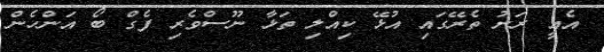
އެއީ ރަށު ތެރޭގައި އުޅޭ ކިއްލި ތަޅާ ނޫސްވެރި ފެގް ބޯ އަންހެން